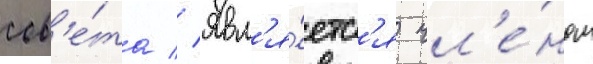
сов'е́та // Явл'я́етс'я чл'е́ном